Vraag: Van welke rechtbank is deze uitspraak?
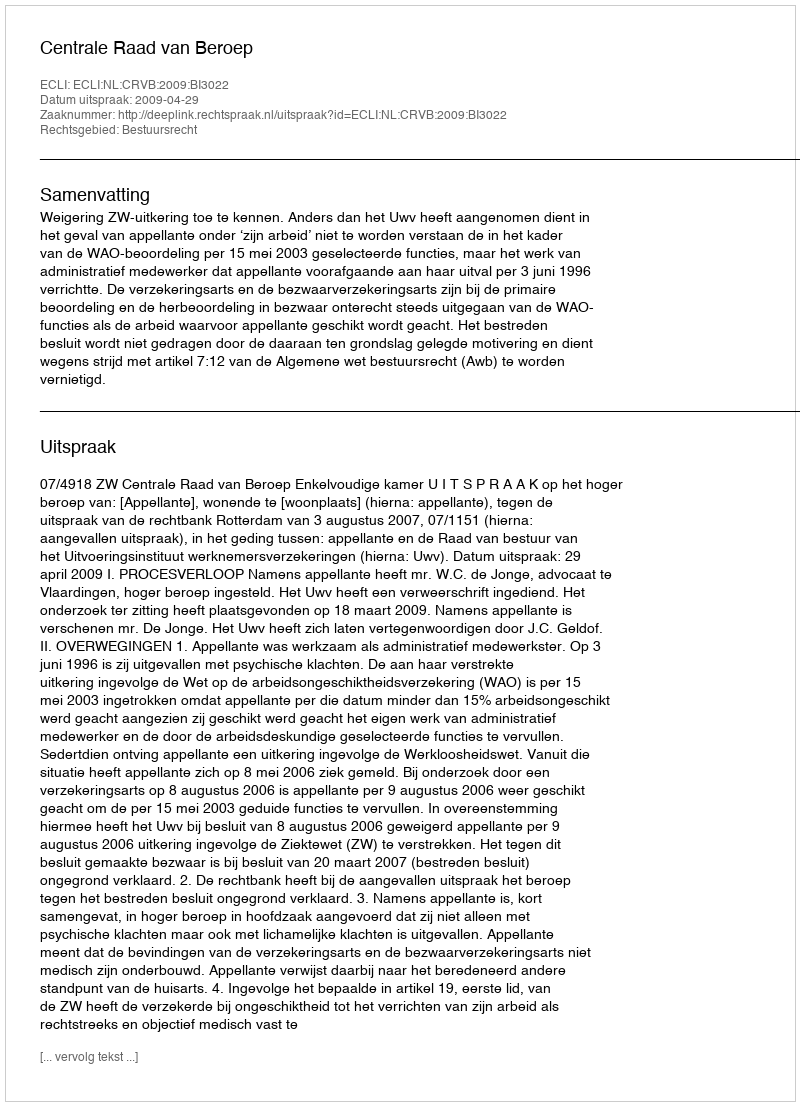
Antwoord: Centrale Raad van Beroep